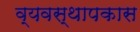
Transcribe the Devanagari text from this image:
व्यवस्थापकास